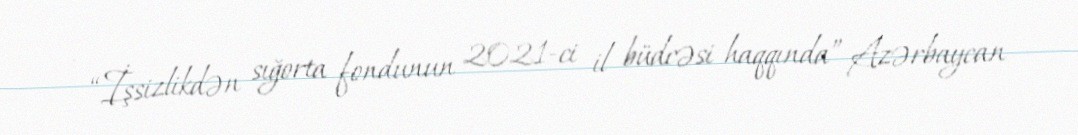
- “İşsizlikdən sığorta fondunun 2021-ci il büdcəsi haqqında” Azərbaycan